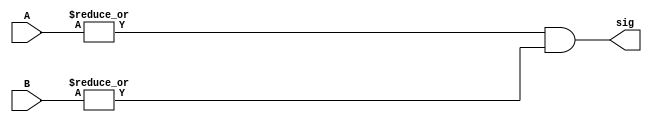
module if_zero(
    input [15:0] A,B,
    output sig

    );
    
    assign sig = (|A) && (|B);
endmodule